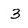
Character: 3